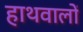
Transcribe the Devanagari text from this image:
हाथवालों